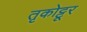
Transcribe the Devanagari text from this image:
तृकोट्टूर